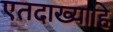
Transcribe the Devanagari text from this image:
एतदाख्याहि